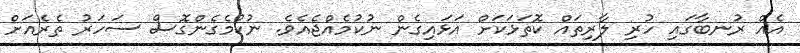
އެއް ރުނބާގައި ހުރި ލާރިތައް ކޮތަޅަކަށް އަޅައިގެން ނުކުމެއްޖެއެވެ. ނުކުމެގެންގޮސް ސަހަރު ތެރެއަށް